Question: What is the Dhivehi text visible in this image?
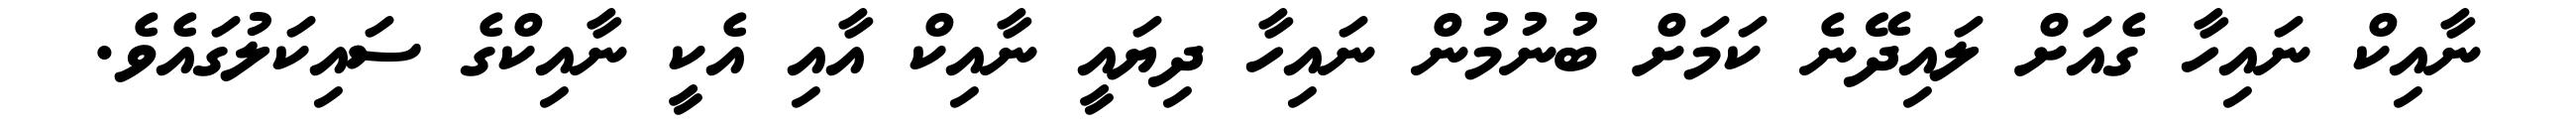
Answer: ނާއިކް ނައިހާ ގެއަށް ލައިދޭނެ ކަމަށް ބުނުމުން ނައިހާ ދިޔައީ ނާއިކް އާއި އެކީ ނާއިކްގެ ސައިކަލުގައެވެ.